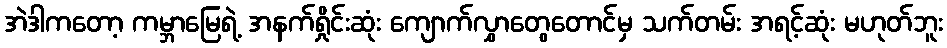
အဲဒါကတော့ ကမ္ဘာမြေရဲ့ အနက်ရှိုင်းဆုံး ကျောက်လွှာတွေတောင်မှ သက်တမ်း အရင့်ဆုံး မဟုတ်ဘူး